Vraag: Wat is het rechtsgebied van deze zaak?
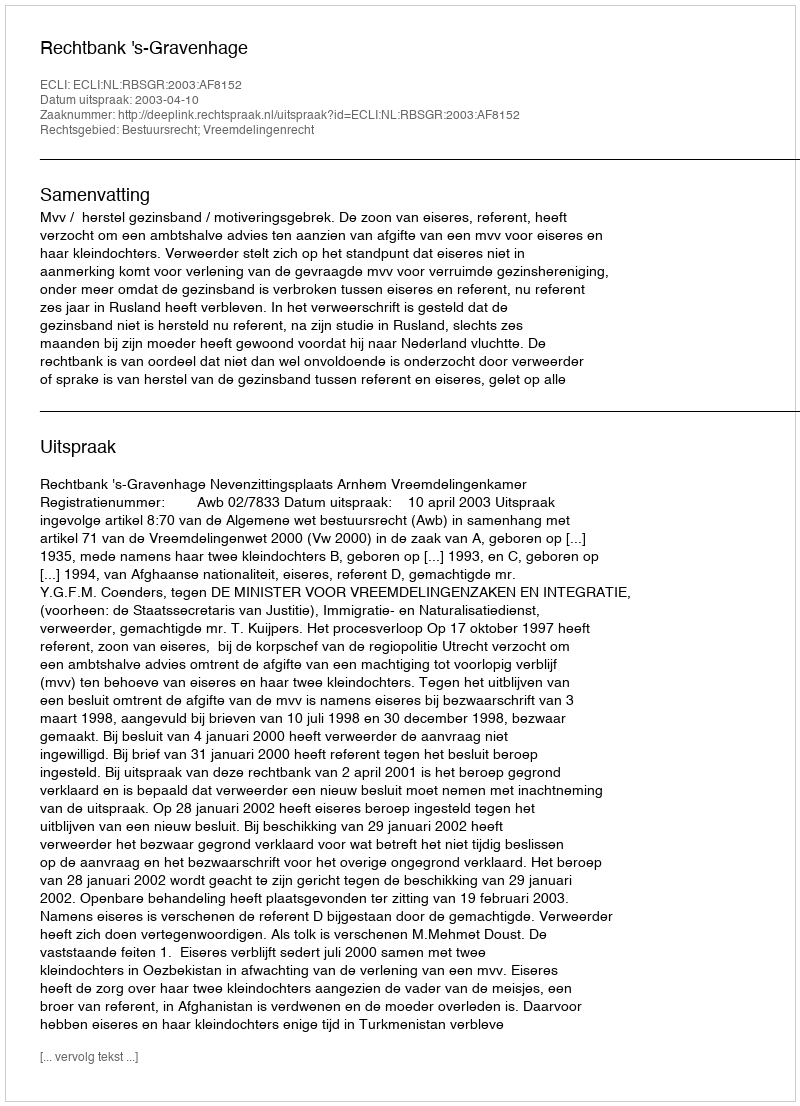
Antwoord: Bestuursrecht; Vreemdelingenrecht